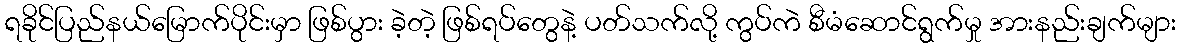
ရခိုင်ပြည်နယ်မြောက်ပိုင်းမှာ ဖြစ်ပွား ခဲ့တဲ့ ဖြစ်ရပ်တွေနဲ့ ပတ်သက်လို့ ကွပ်ကဲ စီမံဆောင်ရွက်မှု အားနည်းချက်များ